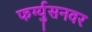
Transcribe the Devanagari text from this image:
फर्ग्युसनवर